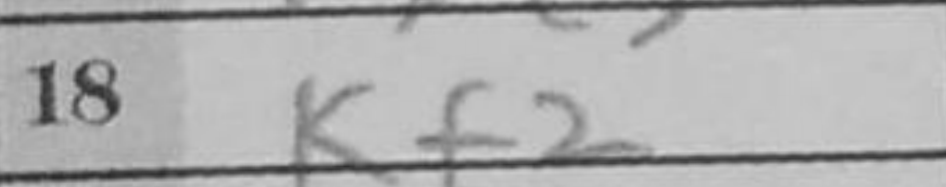
Transcription: Kf2